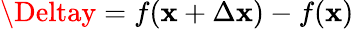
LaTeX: \Deltay=f(\mathbf{x}+\Delta\mathbf{x})-f(\mathbf{x})